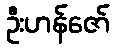
ဦးဟန်ဇော်